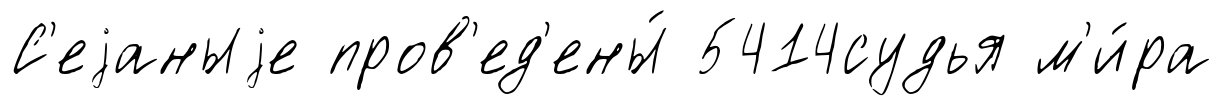
С'еjаныjе пров'ед'ены́ 5414судья м'и́ра